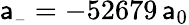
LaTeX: \mathsf{a}_{\scriptscriptstyle-}=-52679\, \mathsf{a}_{0}